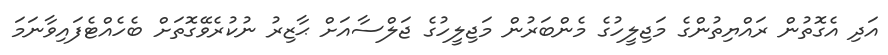
އަދި އެގޮތުން ރައްޔިތުންގެ މަޖިލީހުގެ މެންބަރުން މަޖިލީހުގެ ޖަލްސާއަށް ޙާޒިރު ނުކުރެވޭގޮތަށް ބެހެއްޓެފައިވާނަމަ